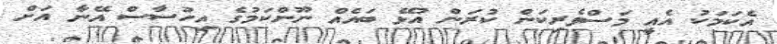
އެކަމަކު އެއީ މަސްވެރިކަން ކުރަން އުޅޭ ބައެއް ނޫންކަމުގެ އިހުސާސް އޭނާ އަށް